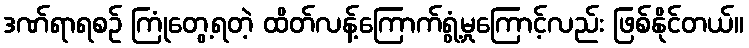
ဒဏ်ရာရစဉ် ကြုံတွေ့ရတဲ့ ထိတ်လန့်ကြောက်ရွံ့မှုကြောင့်လည်း ဖြစ်နိုင်တယ်။